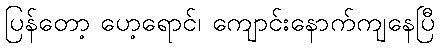
ပြန်တော့ ပော့ရောင်၊ ကျောင်းနောက်ကျနေပြီ